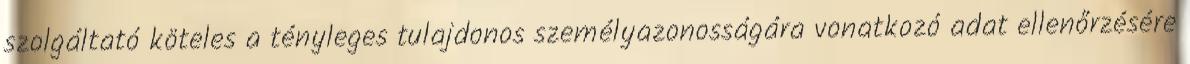
szolgáltató köteles a tényleges tulajdonos személyazonosságára vonatkozó adat ellenőrzésére